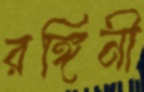
রঙ্গিনী